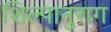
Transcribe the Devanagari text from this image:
शिल्पानुराग